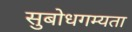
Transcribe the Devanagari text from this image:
सुबोधगम्यता